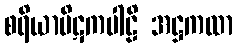
စရိယာပိဋကပါဠိ အဋ္ဌကထာ